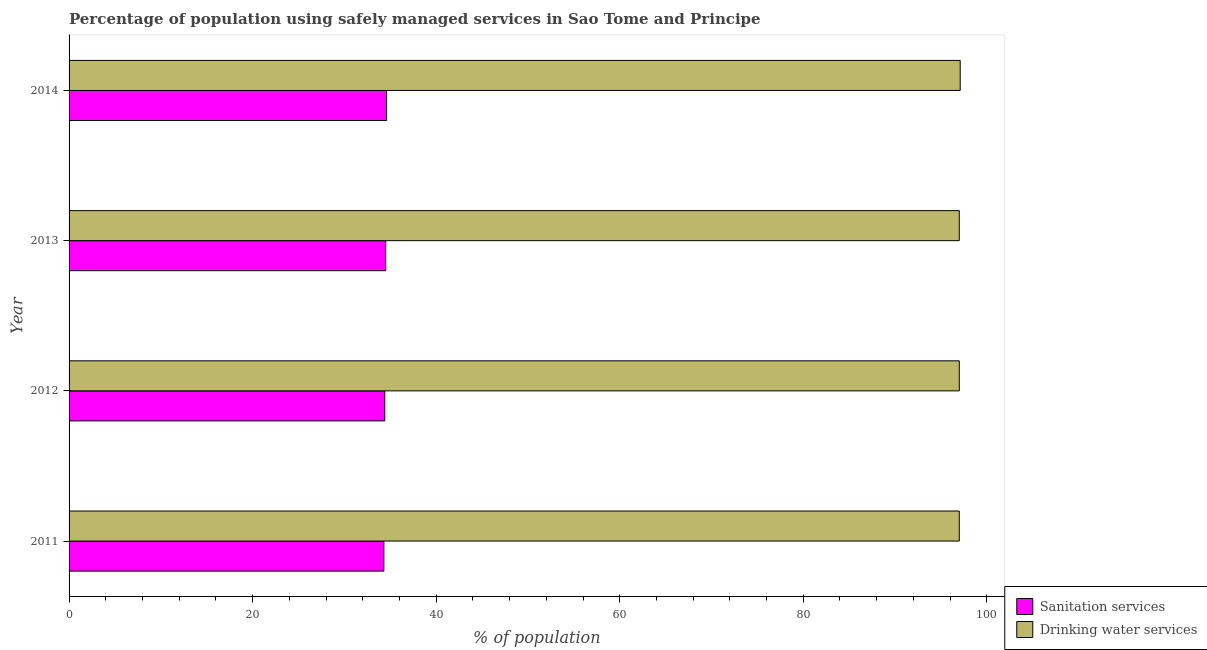
| Year | Sanitation services | Drinking water services |
 | --- | --- | --- |
 | 2011 | 34.3 | 97 |
 | 2012 | 34.4 | 97 |
 | 2013 | 34.5 | 97 |
 | 2014 | 34.6 | 97.1 |